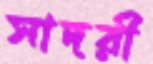
সাদরী